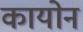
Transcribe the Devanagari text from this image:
कायोन